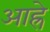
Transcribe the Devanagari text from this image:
आह्रे